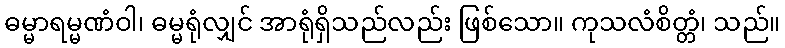
ဓမ္မာရမ္မဏံဝါ၊ ဓမ္မရုံလျှင် အာရုံရှိသည်လည်း ဖြစ်သော။ ကုသလံစိတ္တံ၊ သည်။